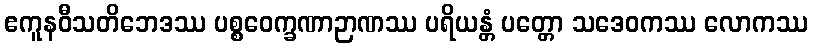
ဧကူနဝီသတိဘေဒဿ ပစ္စဝေက္ခဏာဉာဏဿ ပရိယန္တံ ပတ္တော သဒေဝကဿ လောကဿ